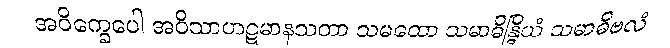
အဝိက္ခေပေါ အဝိသာဟဋမာနသတာ သမထော သမာဓိန္ဒြိယံ သမာဓိဗလံ